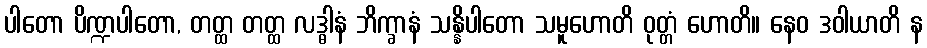
ပါတော ပိဏ္ဍပါတော, တတ္ထ တတ္ထ လဒ္ဓါနံ ဘိက္ခာနံ သန္နိပါတော သမူဟောတိ ဝုတ္တံ ဟောတိ။ နေဝ ဒဝါယာတိ န